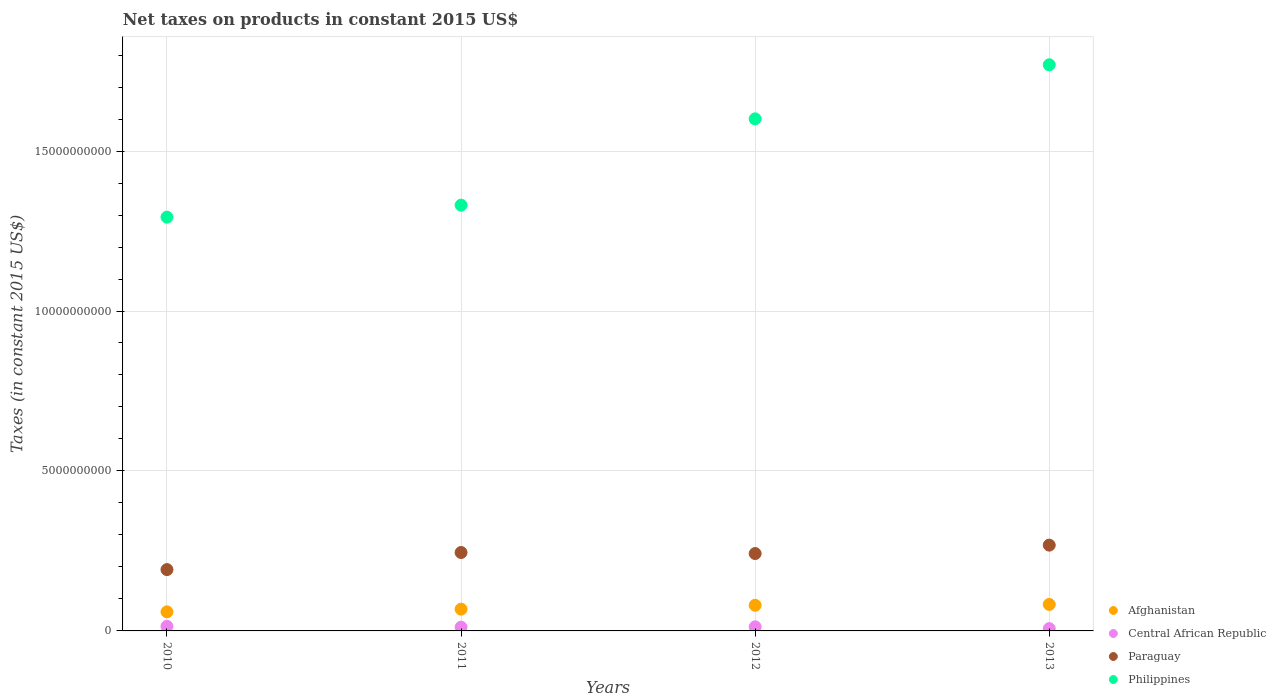
| Years | Afghanistan | Central African Republic | Paraguay | Philippines |
 | --- | --- | --- | --- | --- |
 | 2010 | 5.96e+08 | 1.43e+08 | 1.92e+09 | 1.29e+10 |
 | 2011 | 6.8e+08 | 1.17e+08 | 2.45e+09 | 1.33e+10 |
 | 2012 | 8.01e+08 | 1.28e+08 | 2.42e+09 | 1.6e+10 |
 | 2013 | 8.28e+08 | 7.17e+07 | 2.68e+09 | 1.77e+10 |